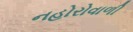
નહોરોવાળી